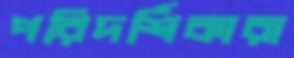
পরিদর্শিকারা